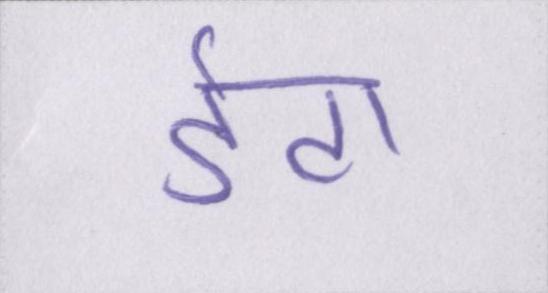
डेटा